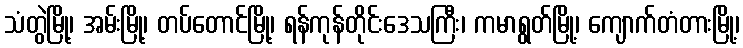
သံတွဲမြို့၊ အမ်းမြို့၊ တပ်တောင်မြို့၊ ရန်ကုန်တိုင်းဒေသကြီး၊ ကမာရွတ်မြို့၊ ကျောက်တံတားမြို့၊